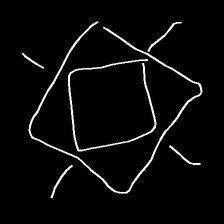
Glyph: light